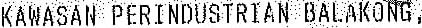
KAWASAN PERINDUSTRIAN BALAKONG,